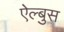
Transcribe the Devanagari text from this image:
ऐल्बुस